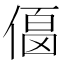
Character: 𠍚